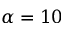
\alpha = 1 0